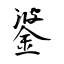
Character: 錃